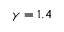
\gamma = 1 . 4